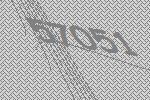
57051